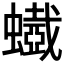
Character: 𧓥